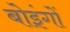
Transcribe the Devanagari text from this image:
बोइंगों